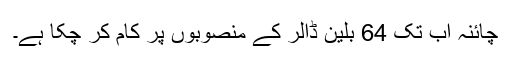
چائنہ اب تک 64 بلین ڈالر کے منصوبوں پر کام کر چکا ہے۔